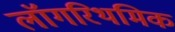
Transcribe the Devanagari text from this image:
लॉगरिथमिक